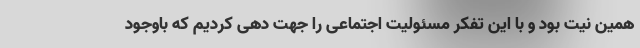
همین نیت بود و با این تفکر مسئولیت اجتماعی را جهت دهی کردیم که باوجود